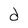
Character: d